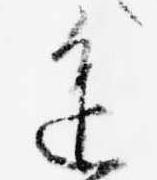
進